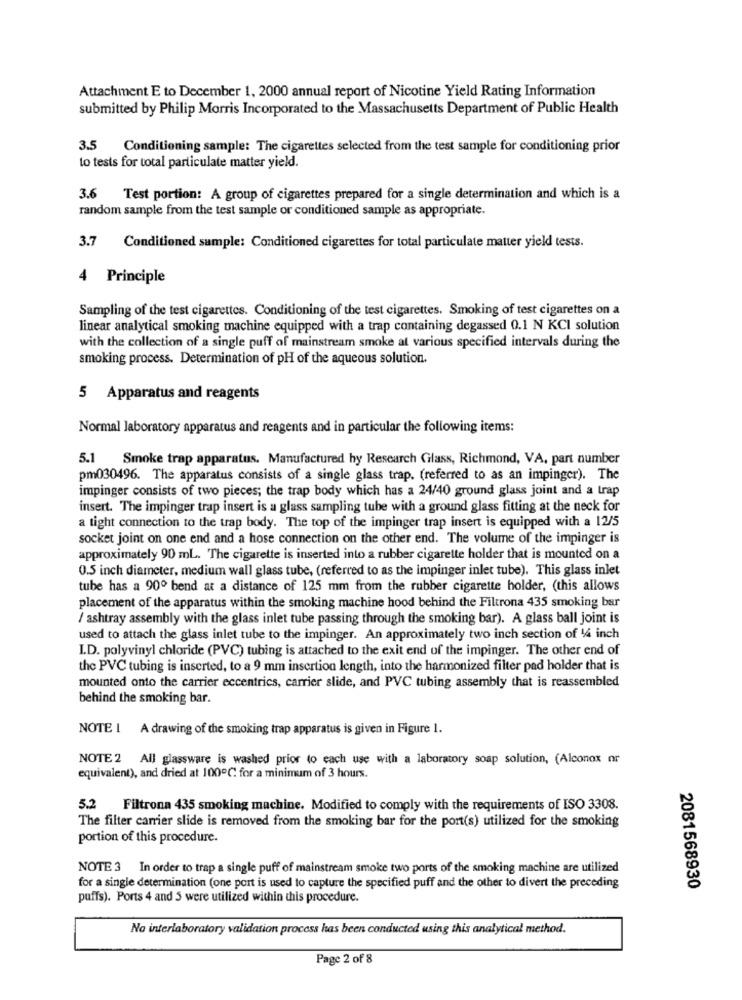
Attachment E to December 1, 2000 annual report of Nicotine Yield Rating Information
submitted by Philip Morris Incorporated to the Massachusetts Department of Public Health
3.5 Conditioning sample: The cigarettes selected from the test sample for conditioning prior
to tests for total particulate matter yield.
3.6 Test portion: A group of cigarettes prepared for a single determination and which is a
random sample from the test sample or conditioned sample as appropriate.
3.7 Conditioned sample: Conditioned cigarettes for total particulate matter yieldl tests.
4 Principle
Sampling of the test cigarettes. Conditioning of the test cigarettes. Smoking of test cigarettes on a
linear analytical smoking machine equipped with a trap containing degassed 0.1 N KCI solution
with the collection of a single puff of mainstream smoke at various specified intervals during the
smoking process. Determination of pH of the aqueous solution.
5 Apparatus and reagents
Normal laboratory apparatus and reagents and in particular the following items:
5.1
Smoke trap apparatus. Manufactured hy Research Glass, Richmond, VA, part number
pm030496. The apparatus consists of a single glass trap. (referred to as an impinger). The
impinger consists of two pieces; the trap body which has a 24/40 ground glass joint and a trap
insert. The impinger trap insert is a glass sampling tube with a ground glass fitting at the neck for
a tight connection to the trap body. The top of the impinger trap insert is equipped with a 12/5
socket joint on one end and a hose connection on the other end. The volume of the impinger is
approximately 90 mL. The cigarette is inserted into a rubber cigarette holder that is mounted on a
0.5 inch diameter, medium wall glass tube, (referred to as the impinger inlet tube). This glass inlet
tube has a 90º bend at a distance of 125 mm from the rubber cigarette holder, (this allows
placement of the apparatus within the smoking machine hood behind the Filtrona 435 smoking bar
/ ashtray assembly with the glass inlet tube passing through the smoking bar). A glass ball joint is
used to attach the glass inlet tube to the impinger. An approximately two inch section of 14 inch
I.D. polyvinyl chloride (PVC) tubing is attached to the exit end of the impinger. The other end of
the PVC tubing is inserted, to a 9 mm insertion length, into the harmonized filter pad holder that is
mounted onto the carrier eccentrics, carrier slide, and PVC tubing assembly that is reassembled
behind the smoking bar.
NOTE 1 A drawing of the smoking trap apparatus is given in Figure 1.
NOTE 2 All glassware is washed prior to each use with a laboratory soap solution, (Alconox or
equivalent), and dried at 100℃ for a minimum of 3 hours.
5.2 Filtrona 435 smoking machine. Modified to comply with the requirements of ISO 3308.
The filter carrier slide is removed from the smoking bar for the port(s) utilized for the smoking
portion of this procedure.
NOTE 3 In order to trap a single puff of mainstream smoke two ports of the smoking machine are utilized
for a single determination (one port is used to capture the specified puff and the other to divert the preceding
2081568930
puffs). Ports 4 and 5 were utilized within this procedure.
No interlaboratory validation process has been conducted using this analytical method.
Page 2 of 8